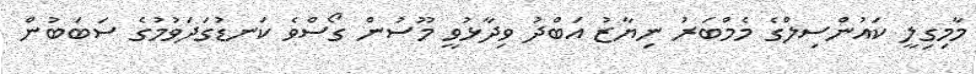
މާމިގިލީ ކައުންސިލްގެ މެމްބަރު ނިޔާޒު އަބްދު ވިދާޅުވީ މޫސުން ގޯސްވެ ކަނޑުގަދަވުމުގެ ސަބަބުން